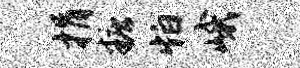
捐糖怕峨